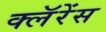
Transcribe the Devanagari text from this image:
क्लॅरेंस